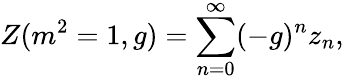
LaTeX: Z(m^{2}=1,g)=\sum_{n=0}^{\infty}(-g)^{n}z_{n},